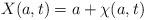
LaTeX: \begin{align*}X(a,t) = a + \chi(a,t)\end{align*}